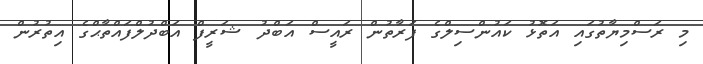
މި ރަސްމިޔާތުގައި އަތޮޅު ކައުންސިލްގެ ފަރާތުން ރައީސް އަބްދު ޝަރީފް އަބްދުލްފައްތާޙްގެ އިތުރުން